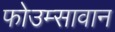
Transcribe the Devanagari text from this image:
फोउम्सावान